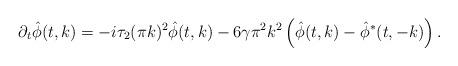
LaTeX: \begin{align*}\partial_t\hat\phi(t,k)=-i\tau_2(\pi k)^2\hat \phi (t,k) -6\gamma\pi^2 k^2\left(\hat \phi(t,k)-\hat \phi^*(t,-k)\right).\end{align*}